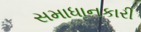
સમાધાનકારી